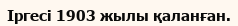
Іргесі 1903 жылы қаланған.